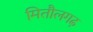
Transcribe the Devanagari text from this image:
मितौलगढ़